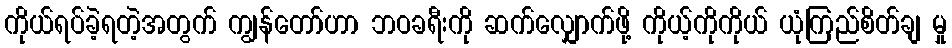
ကိုယ်ရပ်ခဲ့ရတဲ့အတွက် ကျွန်တော်ဟာ ဘဝခရီးကို ဆက်လျှောက်ဖို့ ကိုယ့်ကိုကိုယ် ယုံကြည်စိတ်ချ မှု